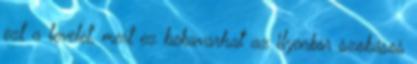
ezt a levelet, mert ez bekavarhat az ilyenkor szokásos